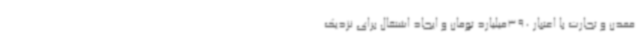
معدن و تجارت با اعتبار 390میلیارد تومان و ایجاد اشتغال برای نزدیک